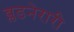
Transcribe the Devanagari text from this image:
ब्लडनेरारी